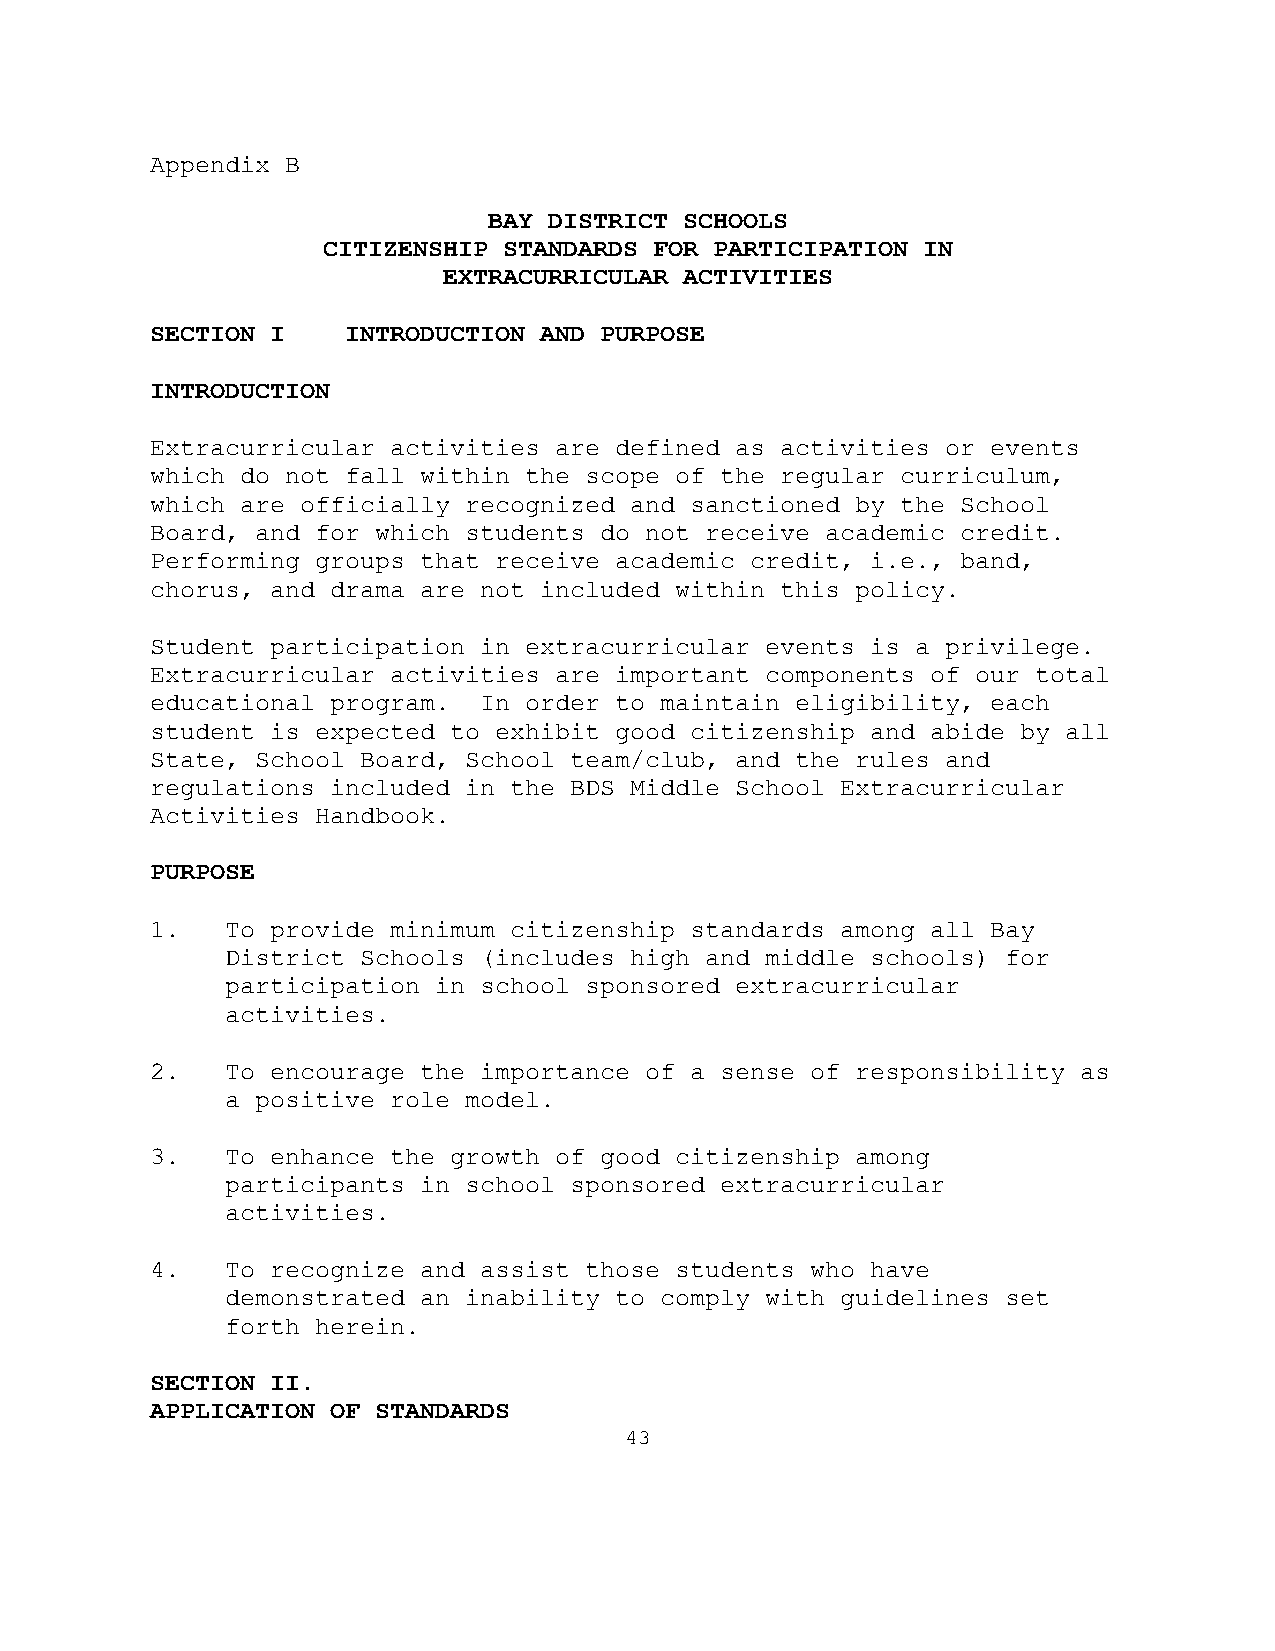
Appendix B
 BAY DISTRICT SCHOOLS
 CITIZENSHIP STANDARDS FOR PARTICIPATION IN
 EXTRACURRICULAR ACTIVITIES
 SECTION I    INTRODUCTION AND PURPOSE
 INTRODUCTION
 Extracurricular activities are defined as activities or events
 which do not fall within the scope of the regular curriculum,
 which are officially recognized and sanctioned by the School
 Board, and for which students do not receive academic credit.
 Performing groups that receive academic credit, i.e., band,
 chorus, and drama are not included within this policy.
 Student participation in extracurricular events is a privilege.
 Extracurricular activities are important components of our total
 educational program.  In order to maintain eligibility, each
 student is expected to exhibit good citizenship and abide by all
 State, School Board, School team/club, and the rules and
 regulations included in the BDS Middle School Extracurricular
 Activities Handbook.
 PURPOSE
 1.   To provide minimum citizenship standards among all Bay
 District Schools (includes high and middle schools) for
 participation in school sponsored extracurricular
 activities.
 2.   To encourage the importance of a sense of responsibility as
 a positive role model.
 3.   To enhance the growth of good citizenship among
 participants in school sponsored extracurricular
 activities.
 4.   To recognize and assist those students who have
 demonstrated an inability to comply with guidelines set
 forth herein.
 SECTION II.
 APPLICATION OF STANDARDS
 43